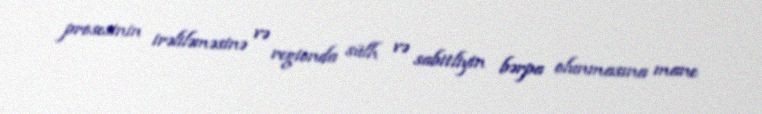
prosesinin irəliləməsinə və regionda sülh və sabitliyin bərpa olunmasına mane